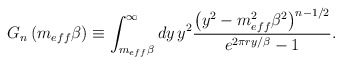
\begin{align*}G_{n}\left(m_{eff}\beta \right)\equiv \int _{m_{eff}\beta }^{\infty }dy\, y^{2}\frac{\left(y^{2}-m_{eff}^{2}\beta ^{2}\right)^{n-1/2}}{e^{2\pi ry/\beta }-1}.\end{align*}